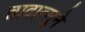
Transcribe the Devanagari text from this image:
तादात्सुने